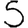
Digit: 5